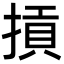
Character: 摃